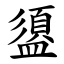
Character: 盨